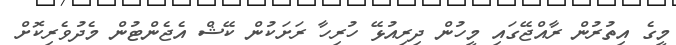
މީގެ އިތުރުން ރާއްޖޭގައި މީހުން ދިރިއުޅޭ ހުރިހާ ރަށަކުން ކޭޝް އެޖެންޓުން މެދުވެރިކޮށް